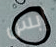
إبس